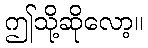
ဤသို့ဆိုလော့။